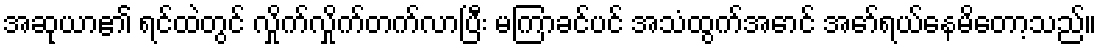
အဆုယာ၏ ရင်ထဲတွင် လှိုက်လှိုက်တက်လာပြီး မကြာခင်ပင် အသံထွက်အောင် အော်ရယ်နေမိတော့သည်။